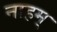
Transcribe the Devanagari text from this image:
नाहम्